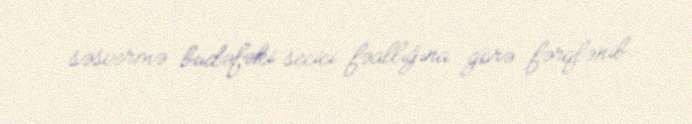
səsvermə budəfəki secici fəallığına görə fərqlənib.